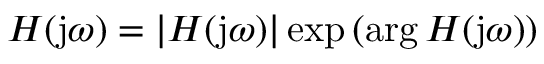
H ( \mathrm { j } \omega ) = | H ( \mathrm { j } \omega ) | \exp \left( \arg H ( \mathrm { j } \omega ) \right)